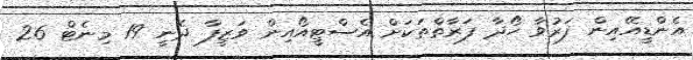
އެންޑީއޭއިން ފަރުވާ ހޯދާ ފަރާތްތަކަށް އެސްޓީއޯއިން ވަޒީފާ ދެނީ 19 މިނެޓް 26